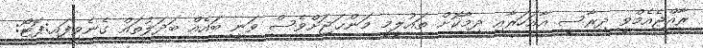
ރާއްޖެއެމްވީ ދިރާސީ އާއަހަރާއި ދިމާކޮށް ތައުލީމީ މަންޙަޖަށްވެސް ވަނީ ބައެއް ބަދަލުތައް ގެނެވިފައި:ފޮޓޯ: